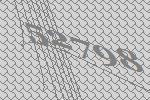
52798